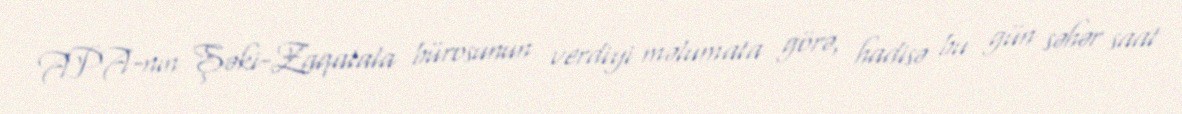
APA-nın Şəki-Zaqatala bürosunun verdiyi məlumata görə, hadisə bu gün səhər saat